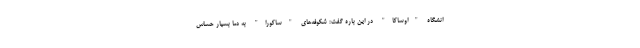
انشگاه "اوساکا" در این باره گفت: شکوفه‌های "ساکورا" به دما بسیار حساس